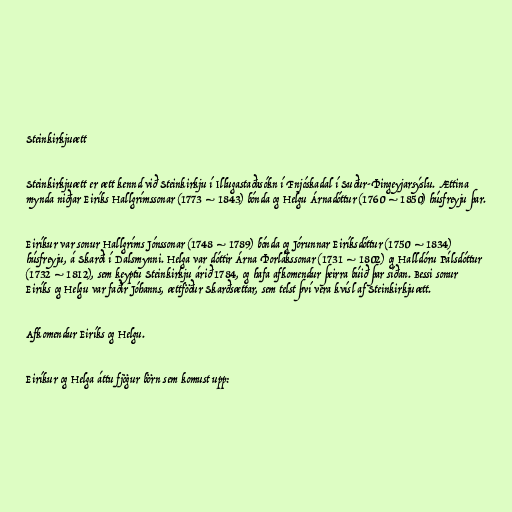
Steinkirkjuætt

Steinkirkjuætt er ætt kennd við Steinkirkju í Illugastaðasókn í Fnjóskadal í Suður-Þingeyjarsýslu. Ættina
mynda niðjar Eiríks Hallgrímssonar (1773 – 1843) bónda og Helgu Árnadóttur (1760 – 1850) húsfreyju þar.

Eiríkur var sonur Hallgríms Jónssonar (1748 – 1789) bónda og Jórunnar Eiríksdóttur (1750 – 1834)
húsfreyju, á Skarði í Dalsmynni. Helga var dóttir Árna Þorlákssonar (1731 – 1802) og Halldóru Pálsdóttur
(1732 – 1812), sem keyptu Steinkirkju árið 1784, og hafa afkomendur þeirra búið þar síðan. Bessi sonur
Eiríks og Helgu var faðir Jóhanns, ættföður Skarðsættar, sem telst því vera kvísl af Steinkirkjuætt.

Afkomendur Eiríks og Helgu.

Eiríkur og Helga áttu fjögur börn sem komust upp: